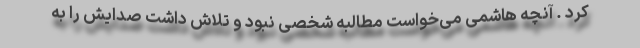
کرد . آنچه هاشمی می‌خواست مطالبه شخصی نبود و تلاش داشت صدایش را به